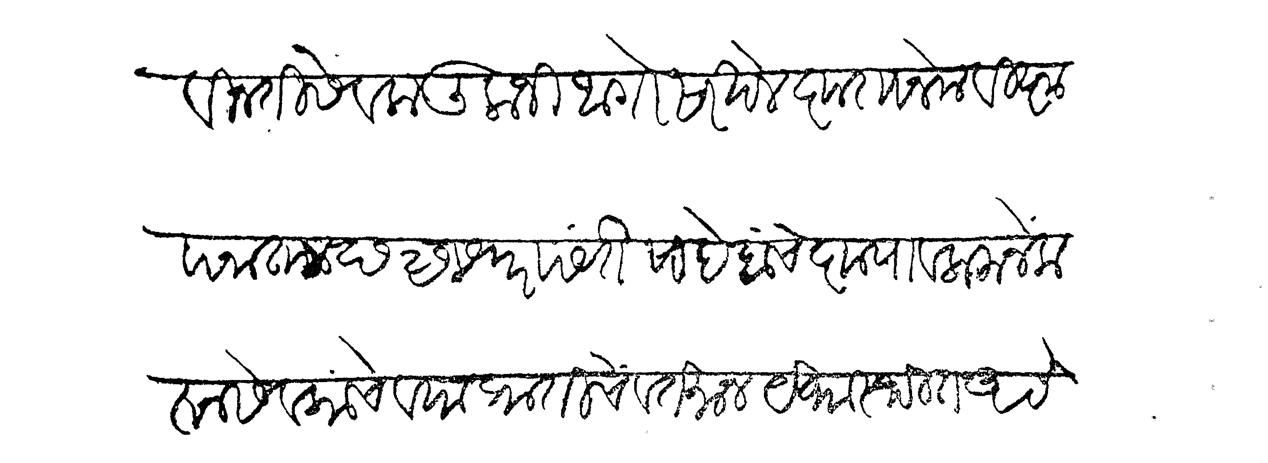
Transliteration (Devanagari): विनंती सेवक तुलाजी आंगरे सरखेल कृतानेक विज्ञापना ताा छ २७ सफरपर्यत साहेबांचे कृपावलोकने करून सेवकाचे व या प्रांताचे वर्तमान येथास्थित असे